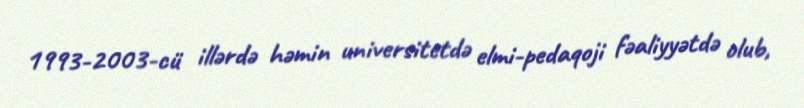
1993-2003-cü illərdə həmin universitetdə elmi-pedaqoji fəaliyyətdə olub,